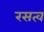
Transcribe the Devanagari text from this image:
रसत्व